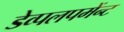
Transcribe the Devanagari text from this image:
डेव्पलपमेंन्ट